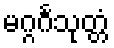
မဂ္ဂင်္ဂသုတ္တံ